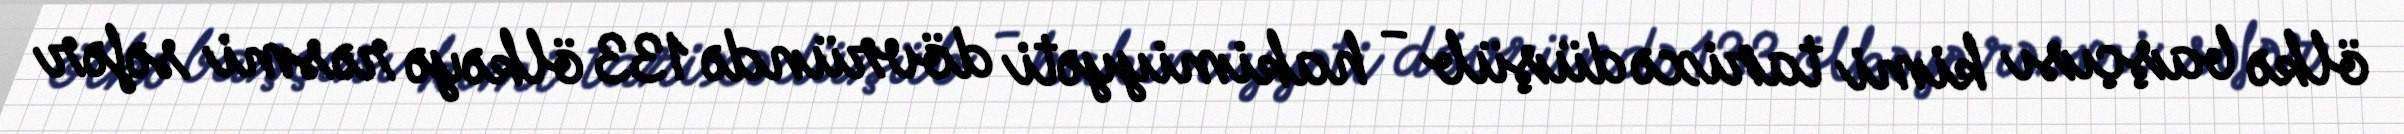
ölkə başçısı kimi tarixə düşüb - hakimiyyəti dövründə 133 ölkəyə rəsmi səfər